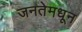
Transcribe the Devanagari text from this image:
जनतेमधून